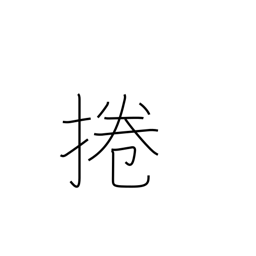
Meaning: roll